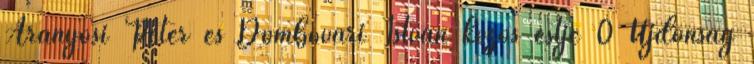
Aranyosi Péter és Dombovári István közös estje 0 Újdonság